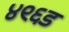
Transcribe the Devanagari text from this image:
४९६ड